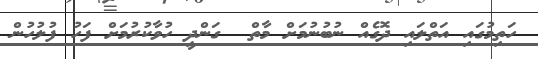
ހަތިމުގައި އަތްލައި ދޮގެއް ނުބުނުމަށް މާތް  ގަންދީ ހުވާކުރުމަށް ފަހު ފުލުހުން